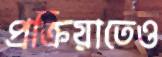
প্রক্রিয়াতেও